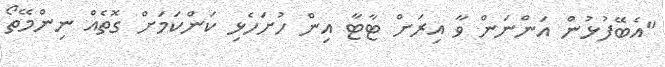
"އެބޭފުޅުން އަންނަން ވާ އިރަށް ޓާޓާ އިން ހުށަހެޅި ކަންކަމަށް ގޮތެއް ނިންމޭތޯ